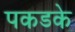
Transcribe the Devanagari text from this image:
पकडके